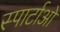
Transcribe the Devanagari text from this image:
स्पार्टाओ